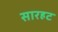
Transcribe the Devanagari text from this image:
सारहट